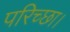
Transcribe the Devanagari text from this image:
परिच्‍छा।